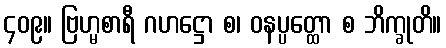
၄၀၉။ ဗြဟ္မစာရီ ဂဟဋ္ဌော စ၊ ဝနပ္ပတ္ထော စ ဘိက္ခုတိ။